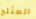
المثلج